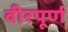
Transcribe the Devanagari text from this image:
वीरपूर्ण